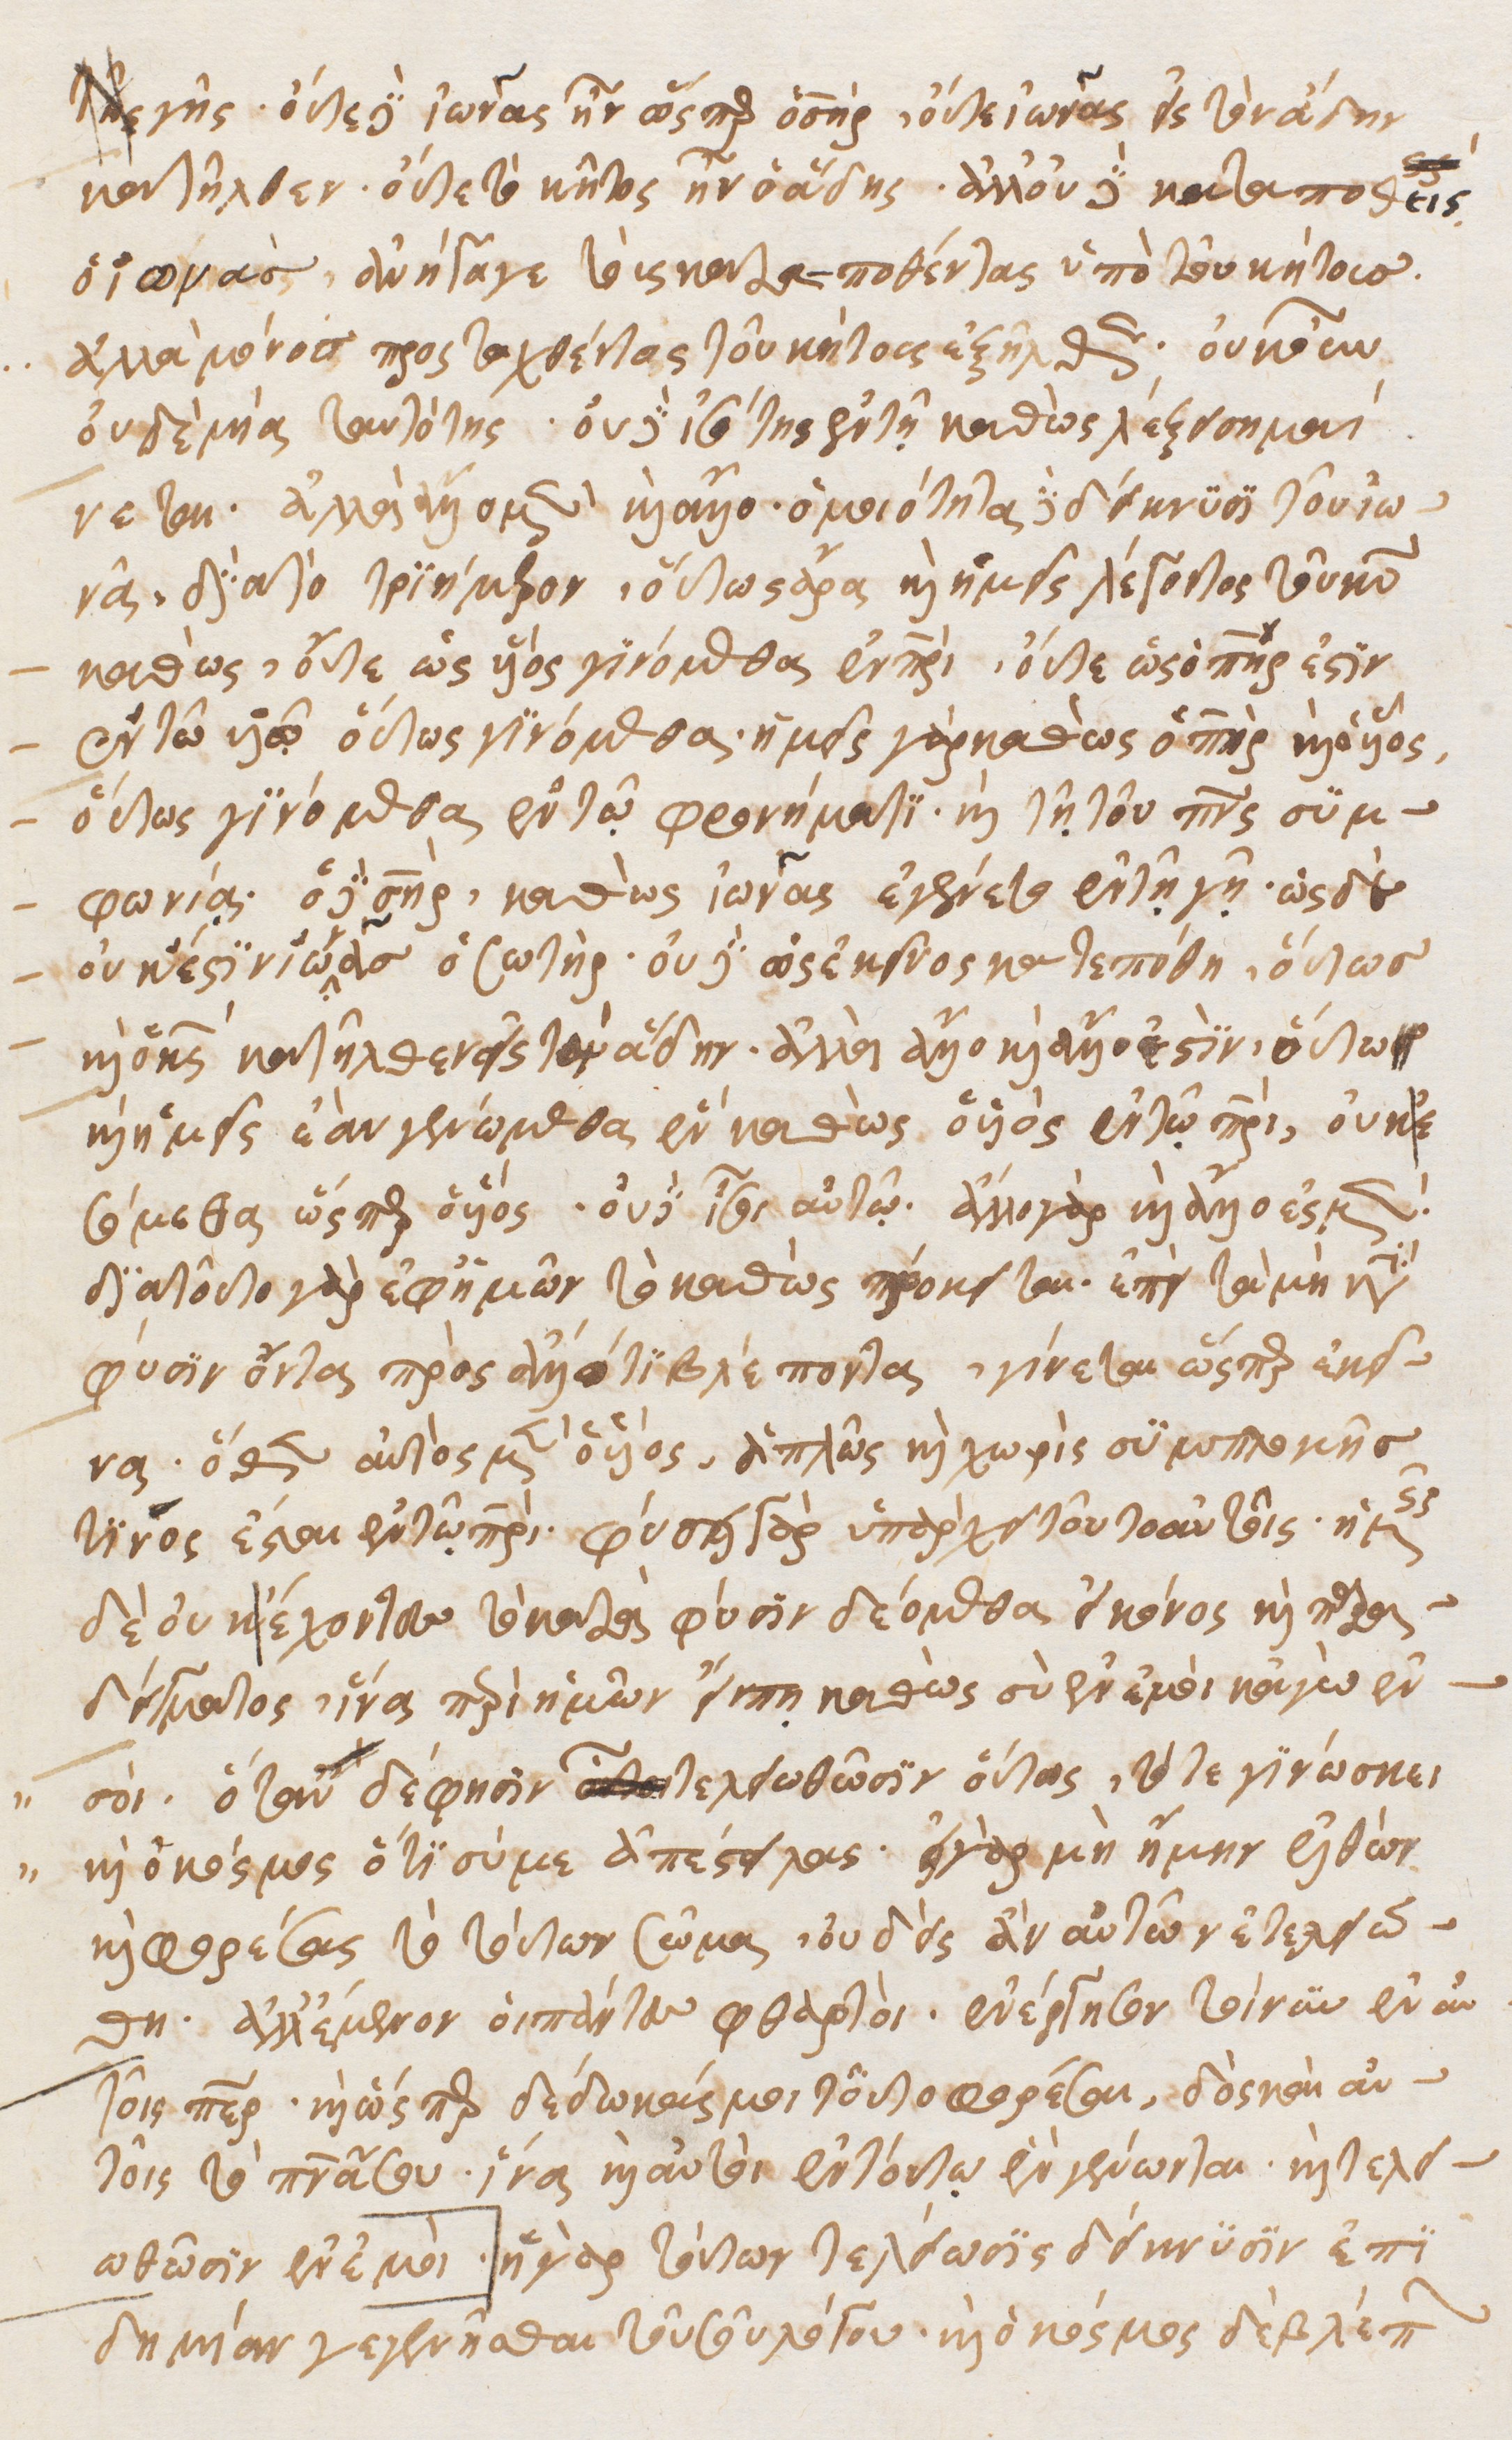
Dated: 1540–1560